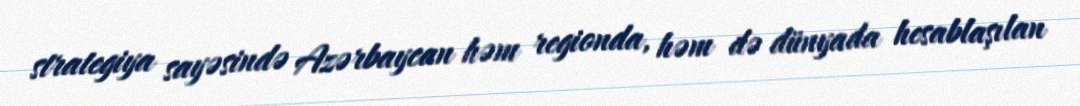
strategiya sayəsində Azərbaycan həm regionda, həm də dünyada hesablaşılan